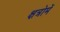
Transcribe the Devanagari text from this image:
क्षत्रोमें